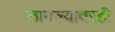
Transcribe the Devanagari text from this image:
लागल्यावरही